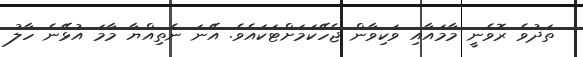
ތަދުވެ ރޮވެނީ މާމައާއި ވަކިވާން ޖެހޭކަމަށްޓަކައެވެ. އޭނަ ނެތިއްޔާ މާމަ އުޅޭނެ ހާލު